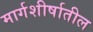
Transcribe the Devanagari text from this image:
मार्गशीर्षातील